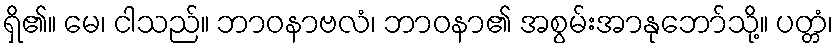
ရှိ၏။ မေ၊ ငါသည်။ ဘာဝနာဗလံ၊ ဘာဝနာ၏ အစွမ်းအာနုဘော်သို့။ ပတ္တံ၊